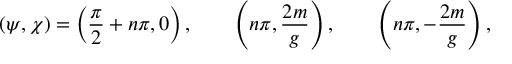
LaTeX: ( \psi , \chi ) = \left( { \frac { \pi } { 2 } } + n \pi , 0 \right) , \qquad \left( n \pi , { \frac { 2 m } { g } } \right) , \qquad \left( n \pi , - { \frac { 2 m } { g } } \right) ,